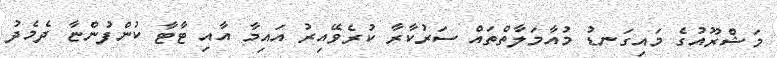
މަޝްރޫއުގެ މައިގަނޑު މުއާމަލާތްތައް ސަރުކާރާ ކުރެވޭއިރު އައިމާ އާއި ޓާޓާ ކުންފުންޏާ ދެމެދު